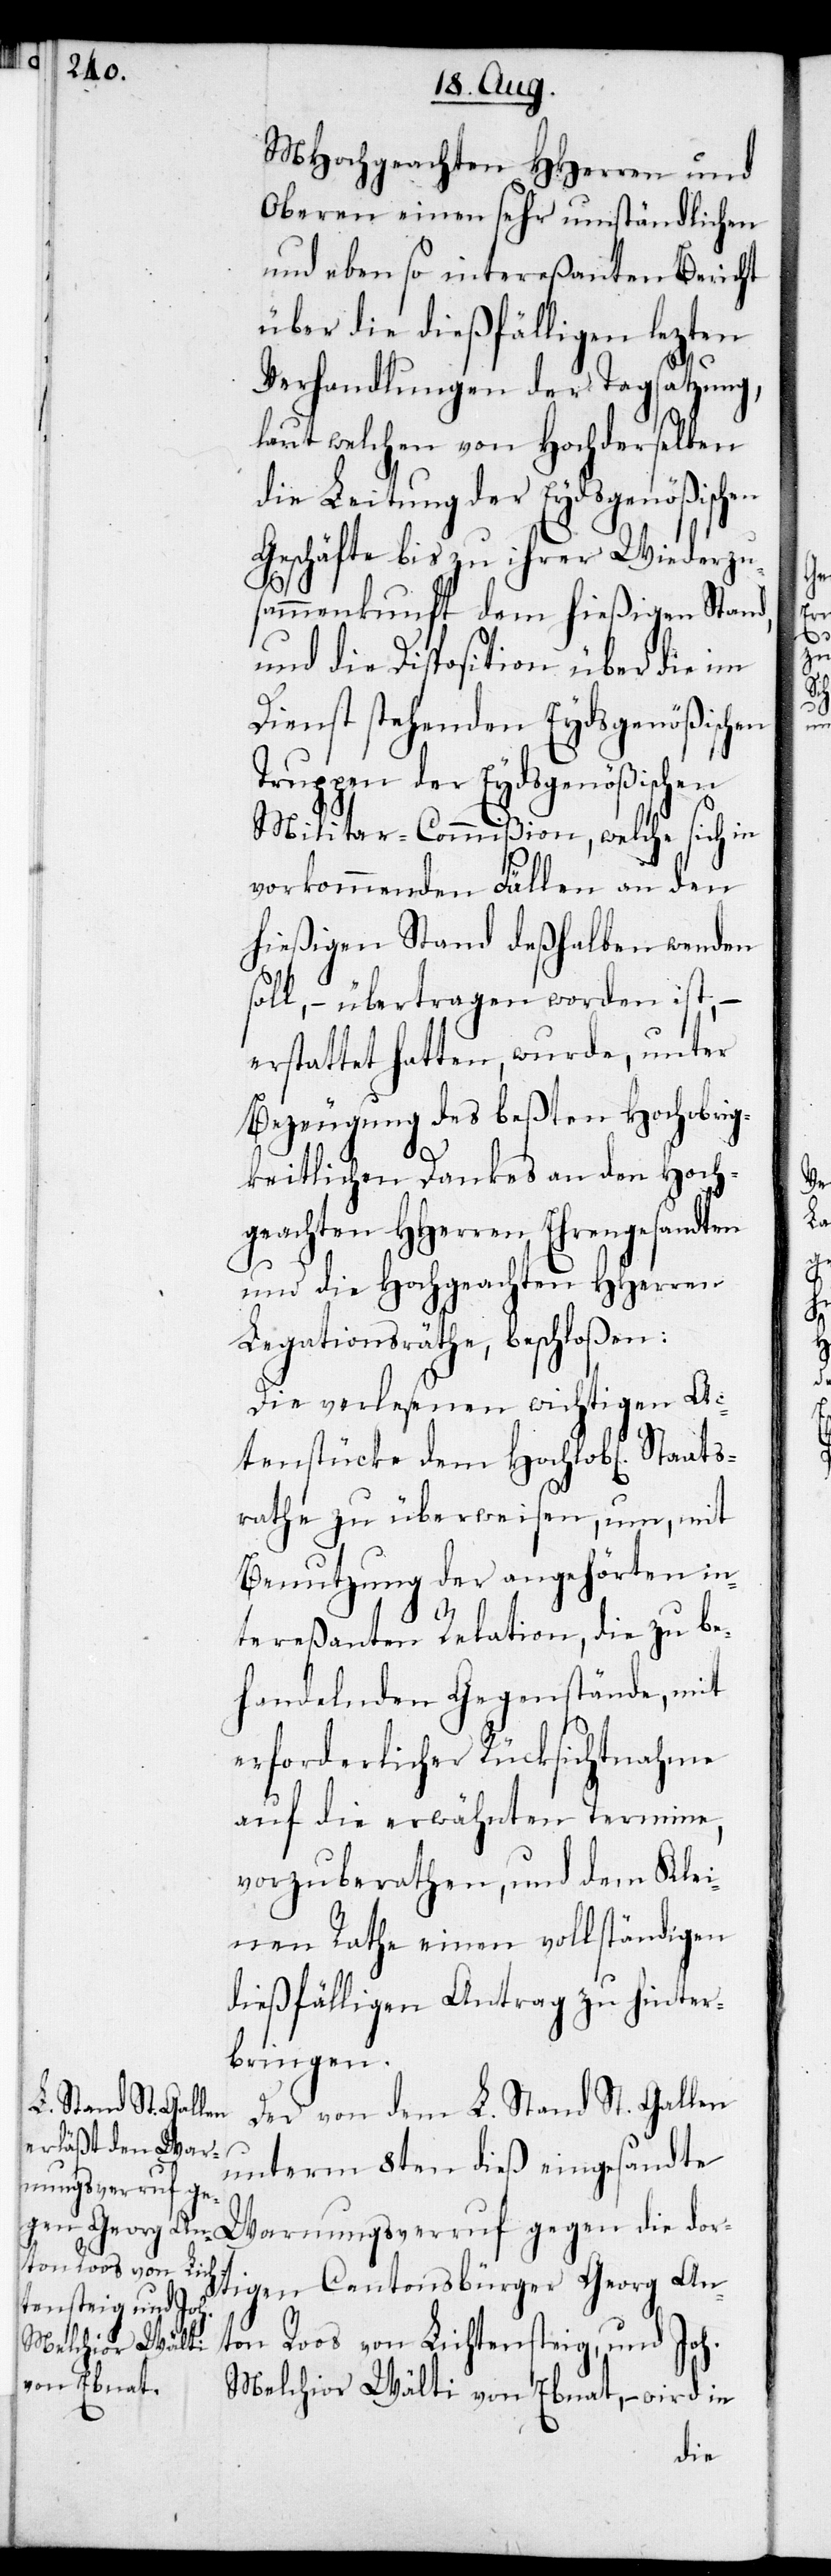
Wa¬

MHochgeachten HHerren und
Oberen einen sehr umständlichen
und ebenso intereßanten Bericht
über die dießfälligen lezten
Verhandlungen der Tagsatzung,
laut welchen von Hochderselben
die Leitung der Eydsgenößischen
Geschäfte bis zu ihrer Wiederzu¬
sammenkunft dem hießigen Stand,
und die Disposition über die im
Dienst stehenden Eydsgenößichen
Truppen der Eydsgenößischen
Militar-Commißion, welche sich in
vorkommenden Fällen an den
hießigen Stand deßhalben wenden
soll, – übertragen worden ist, –
erstattet hatten, wurde, unter
Bezeugung des beßten Hochobrig¬
keitlichen Dankes an den Hoch¬
geachten HHerren Ehrengesandten
und die Hochgeachten HHerren
Legationsräthe, beschloßen:
Die verlesenen wichtigen Ac¬
tenstücke dem Hochlob[lich¬
rathe zu überweisen, um, mit
Benützung der angehörten in¬
tereßanten Relation, die zu be¬
handelnden Gegenstände, mit
erforderlicher Rücksichtnahme
auf die erwähnten Termine,
vorzuberathen, und dem Klei¬
nen Rathe einen vollständigen
dießfälligen Antrag zu hinter¬
bringen.
Der von dem L. Stand St. Gallen
unterm 8ten dieß eingesandte
rnungsverruf ge¬
tigen Cantonsbürger Georg An¬
ton Roos von Lichtensteig, und Joh.
gen die dor¬
en] Staats¬
Melchior Wälti von Ebnat, – wird in